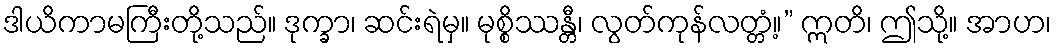
ဒါယိကာမကြီးတို့သည်။ ဒုက္ခာ၊ ဆင်းရဲမှ။ မုစ္စိဿန္တီ၊ လွတ်ကုန်လတ္တံ့။” ဣတိ၊ ဤသို့။ အာဟ၊